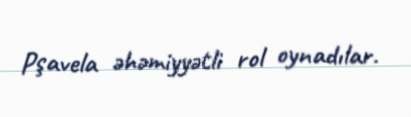
Pşavela əhəmiyyətli rol oynadılar.